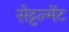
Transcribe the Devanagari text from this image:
सेट्टल्मेंट